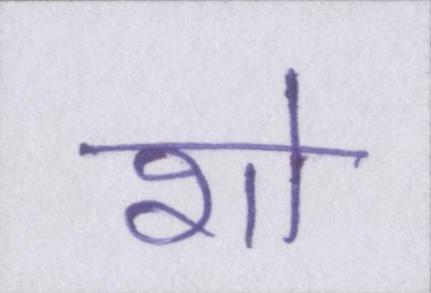
शो